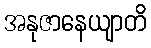
အနုဇာနေယျာတိ